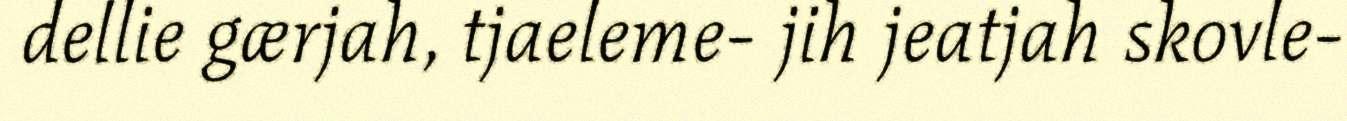
dellie gærjah, tjaeleme- jih jeatjah skovle-